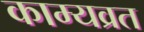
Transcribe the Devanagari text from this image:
काम्यव्रत